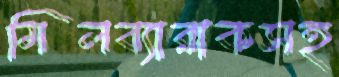
মিলব্যারাকসহ